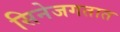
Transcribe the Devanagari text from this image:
सिनेजगतात